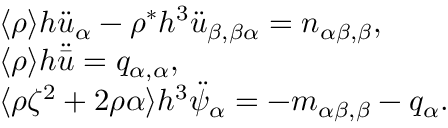
\begin{array} { r l } & { \langle \rho \rangle h \ddot { u } _ { \alpha } - \rho ^ { * } h ^ { 3 } \ddot { u } _ { \beta , \beta \alpha } = n _ { \alpha \beta , \beta } , } \\ & { \langle \rho \rangle h \ddot { \bar { u } } = q _ { \alpha , \alpha } , } \\ & { \langle \rho \zeta ^ { 2 } + 2 \rho \alpha \rangle h ^ { 3 } \ddot { \psi } _ { \alpha } = - m _ { \alpha \beta , \beta } - q _ { \alpha } . } \end{array}